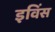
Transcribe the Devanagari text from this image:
इविंस